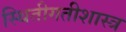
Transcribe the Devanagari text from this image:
स्थितीगतीशास्त्र